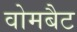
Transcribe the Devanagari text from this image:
वोमबैट